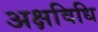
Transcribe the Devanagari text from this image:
अक्षविधि